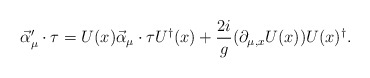
\begin{align*}\vec{\alpha}'_{\mu}\cdot \mathbf{\tau}=U(x)\vec{\alpha}_{\mu}\cdot\mathbf{\tau} U^{\dag}(x)+\frac{2i}{g}(\partial_{\mu,x}U(x)) U(x)^{\dag}.\end{align*}